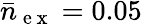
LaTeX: \bar{n}_{\mathrm{~e~x~}}=0.05